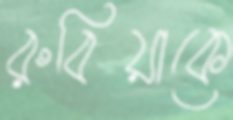
রুবিয়াকে